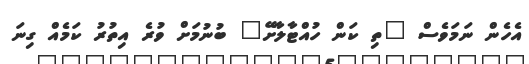
އެހެން ނަމަވެސް "ތި ކަން ހުއްޓާލާށޭ" ބުނުމަށް ވުރެ އިތުރު ކަމެއް ގިނަ